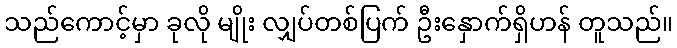
သည်ကောင့်မှာ ခုလို မျိုး လျှပ်တစ်ပြက် ဦးနှောက်ရှိဟန် တူသည်။